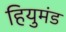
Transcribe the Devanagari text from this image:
हियुमंड